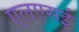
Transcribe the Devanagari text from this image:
एलएसई